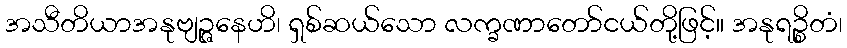
အသီတိယာအနုဗျဉ္ဇနေဟိ၊ ရှစ်ဆယ်သော လက္ခဏာတော်ငယ်တို့ဖြင့်။ အနုရဉ္စိတံ၊